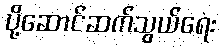
ပို့ဆောင်ဆက်သွယ်ရေး